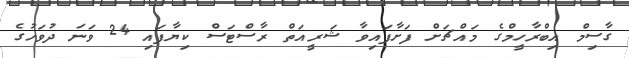
ގާސިމް އިބްރާހީމްގެ މައްޗަށް ފަށާފައިވާ ޝަރީއަތް ރާސްޓަސް ކިޔާފައި 24 ވަނަ ދުވަހުގެ